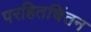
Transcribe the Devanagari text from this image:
परहितचिंतन